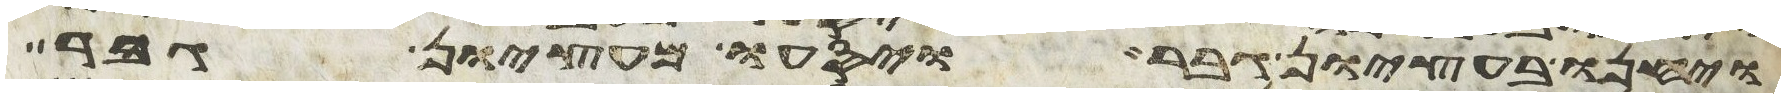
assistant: ויחנו בעציון גבר ויסעו מעציון גבר